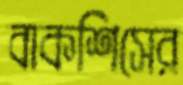
বাকশিসের